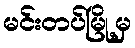
မင်းတပ်မြို့မှ